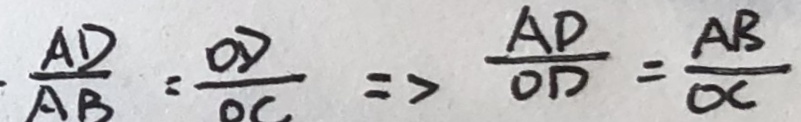
\frac { A D } { A B } = \frac { O D } { O C } \Rightarrow \frac { A D } { O D } = \frac { A B } { O C }